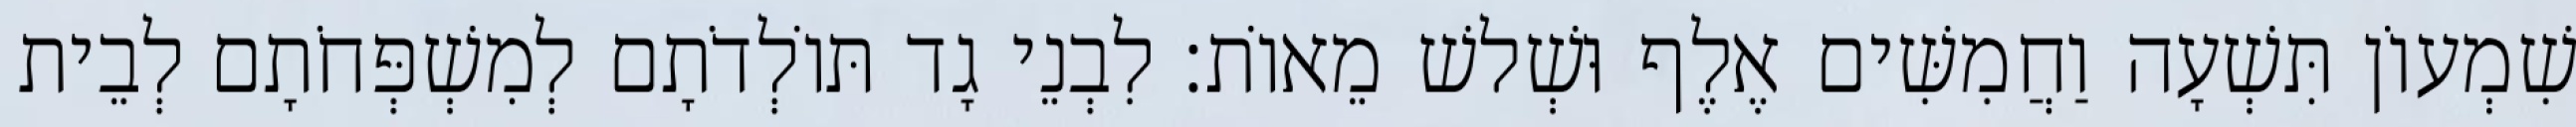
שִׁמְעוֹן תִּשְׁעָה וַחֲמִשִּׁים אֶלֶף וּשְׁלשׁ מֵאוֹת׃ לִבְנֵי גָד תּוֹלְדֹתָם לְמִשְׁפְּחֹתָם לְבֵית